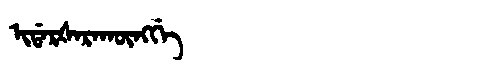
Manchu: ᡳᡩᠠᡵᡧᠠᡵᠠᡴᡡᠩᡤᡝ
Romanization: IDARŠARAKŪNGGE